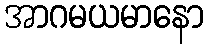
အာဂမယမာနော